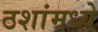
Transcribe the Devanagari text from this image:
ठशांमध्ये